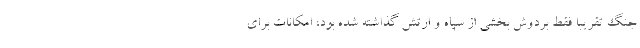
جنگ تقریبا فقط بردوش بخشی از سپاه و ارتش گذاشته شده بود، امکانات برای